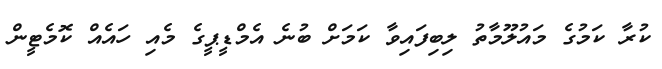
ކުރާ ކަމުގެ މައުލޫމާތު ލިބިފައިވާ ކަމަށް ބުނެ އެމްޑީޕީގެ މެއި ހައެއް ކޮމެޓީން